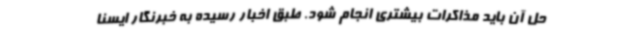
حل آن باید مذاکرات بیشتری انجام شود. طبق اخبار رسیده به خبرنگار ایسنا